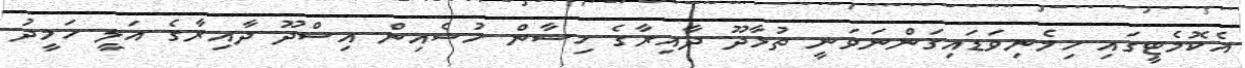
އެކޮމެޓީގައި ހިމެނިވަޑައިގަންނަވަނީ ތުޅާދޫ ދާއިރާގެ ހިސާން ހުސެއިން އިސްދޫ ދާއިރާގެ އަލީ ހަމީދު